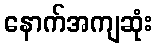
နောက်အကျဆုံး